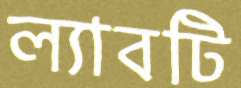
ল্যাবটি